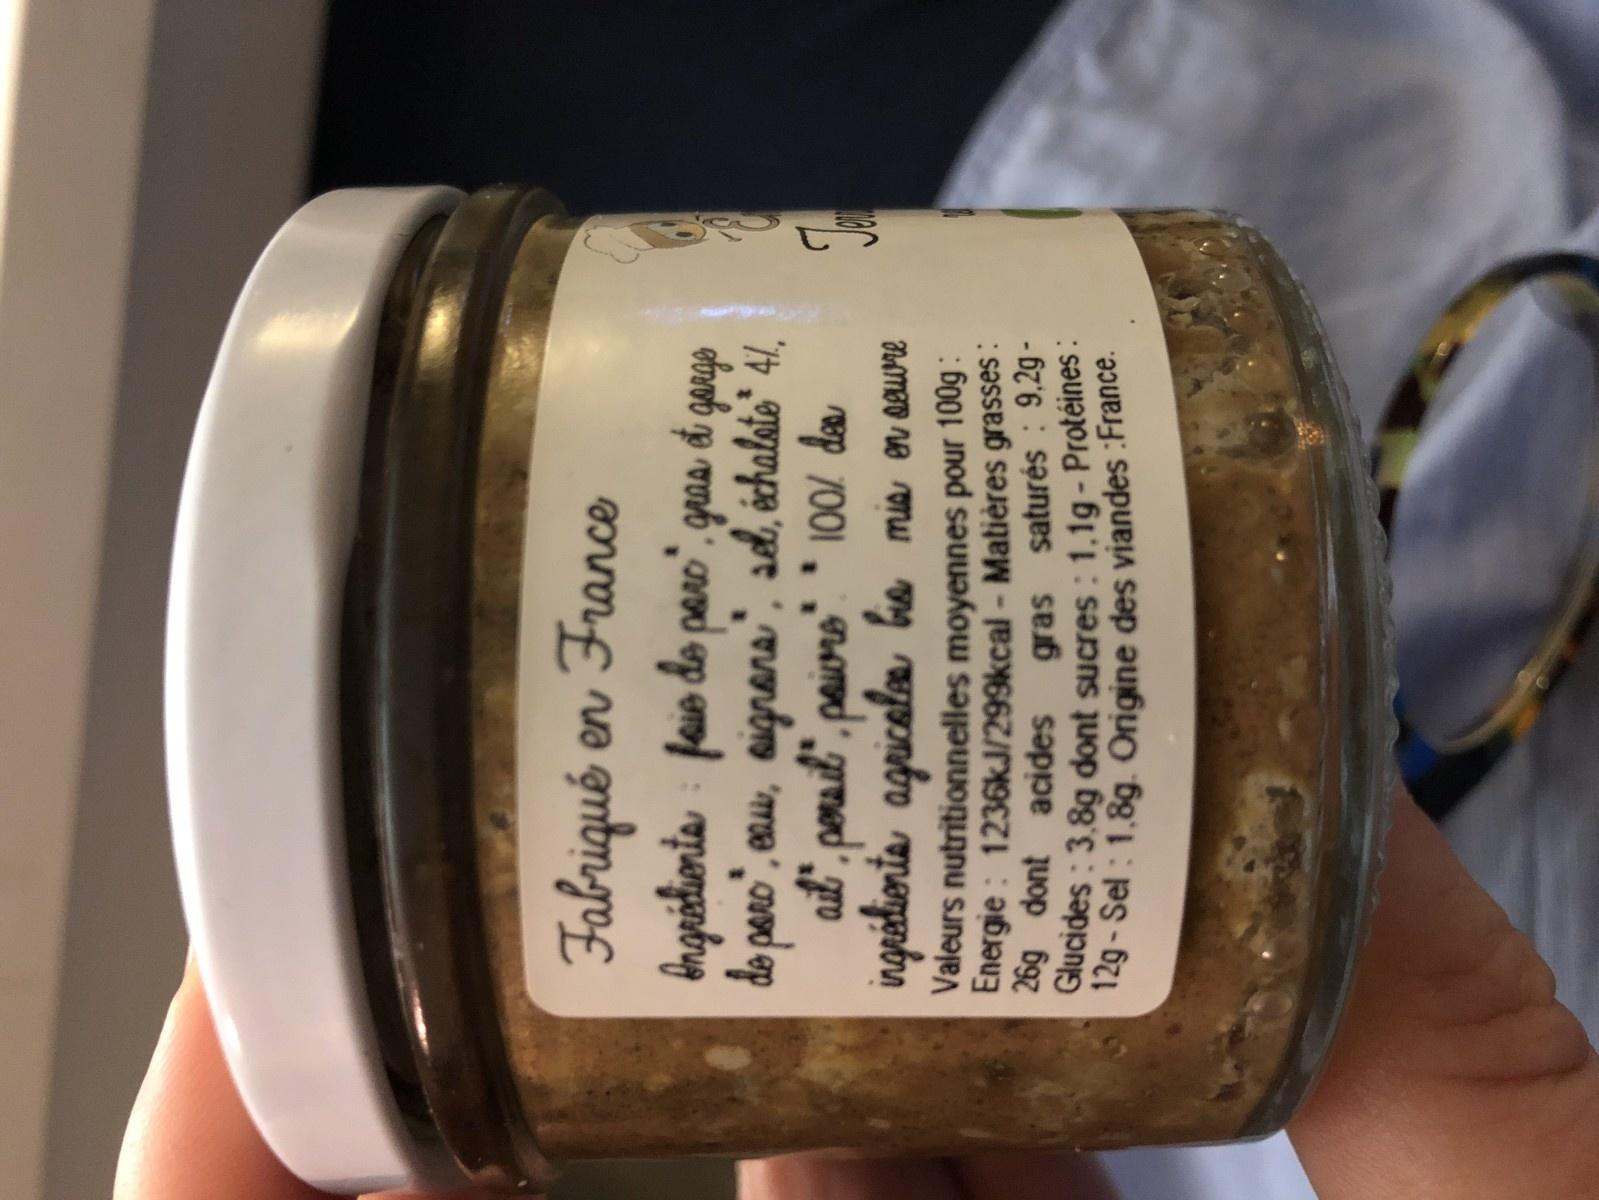
Fabriqué en France
Ingrédients: fais do parc", gras et gargs de paro", eau, sigrans", sel, échalate 41, ail", persil", poivre". " 100/ dea ingrédients agricoles bis mis en seure
Valeurs nutritionnelles moyennes pour 100g: Energie: 1236kJ/299kcal - Matières grasses: 26g dont acides gras saturés : 9,2gGlucides: 3,8g dont sucres: 1,1g - Protéines : 12g-Sel: 1.8g. Origine des viandes :France.